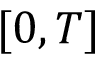
[ 0 , T ]